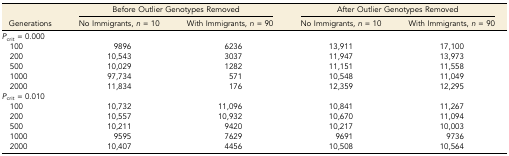
<table><thead><tr><td></td><td colspan="2"><b>Before Outlier Genotypes Removed</b></td><td colspan="2"><b>After Outlier Genotypes Removed</b></td></tr><tr><td><b>Generations</b></td><td><b>No Immigrants, <i>n</i> = 10</b></td><td><b>With Immigrants, <i>n</i> = 90</b></td><td><b>No Immigrants, <i>n</i> = 10</b></td><td><b>With Immigrants, <i>n</i> = 90</b></td></tr></thead><tbody><tr><td><i>P</i><sub>crit</sub> = 0.000</td><td></td><td></td><td></td><td></td></tr><tr><td> 100</td><td>9896</td><td>6236</td><td>13,911</td><td>17,100</td></tr><tr><td> 200</td><td>10,543</td><td>3037</td><td>11,947</td><td>13,973</td></tr><tr><td> 500</td><td>10,029</td><td>1282</td><td>11,151</td><td>11,558</td></tr><tr><td> 1000</td><td>97,734</td><td>571</td><td>10,548</td><td>11,049</td></tr><tr><td> 2000</td><td>11,834</td><td>176</td><td>12,359</td><td>12,295</td></tr><tr><td><i>P</i><sub>crit</sub> = 0.010</td><td></td><td></td><td></td><td></td></tr><tr><td> 100</td><td>10,732</td><td>11,096</td><td>10,841</td><td>11,267</td></tr><tr><td> 200</td><td>10,557</td><td>10,932</td><td>10,670</td><td>11,094</td></tr><tr><td> 500</td><td>10,211</td><td>9420</td><td>10,217</td><td>10,003</td></tr><tr><td> 1000</td><td>9595</td><td>7629</td><td>9691</td><td>9736</td></tr><tr><td> 2000</td><td>10,407</td><td>4456</td><td>10,508</td><td>10,564</td></tr></tbody></table>